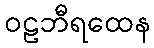
ဝဠဘီရထေန